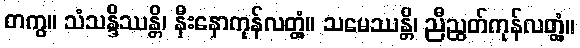
တကွ။ သံသန္ဒိဿန္တိ၊ နှီးနှောကုန်လတ္တံ့။ သမေဿန္တိ၊ ညီညွတ်ကုန်လတ္တံ့။